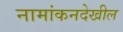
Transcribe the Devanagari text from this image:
नामांकनदेखील